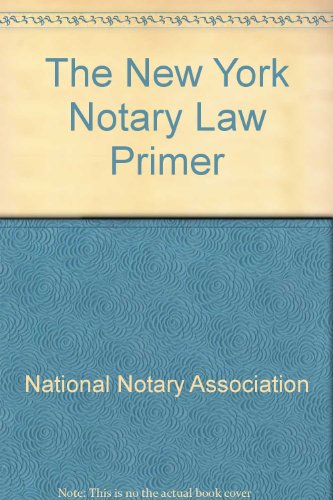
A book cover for The New York Notary Law Primer; National Notary Association; Law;